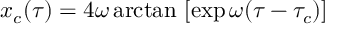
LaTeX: x _ { c } ( \tau ) = 4 \omega \arctan \ [ \exp \omega ( \tau - \tau _ { c } ) ]